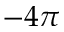
- 4 \pi